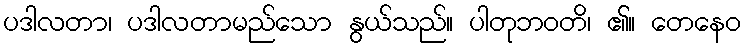
ပဒါလတာ၊ ပဒါလတာမည်သော နွယ်သည်။ ပါတုဘဝတိ၊ ၏။ တေနေဝ